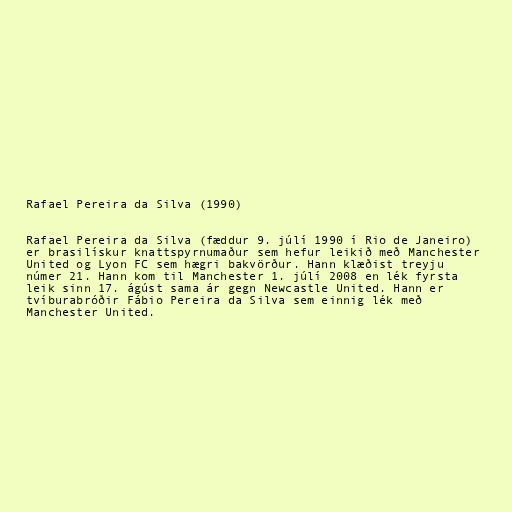
Rafael Pereira da Silva (1990)

Rafael Pereira da Silva (fæddur 9. júlí 1990 í Rio de Janeiro)
er brasilískur knattspyrnumaður sem hefur leikið með Manchester
United og Lyon FC sem hægri bakvörður. Hann klæðist treyju
númer 21. Hann kom til Manchester 1. júlí 2008 en lék fyrsta
leik sinn 17. ágúst sama ár gegn Newcastle United. Hann er
tvíburabróðir Fábio Pereira da Silva sem einnig lék með
Manchester United.